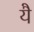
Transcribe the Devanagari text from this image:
येै